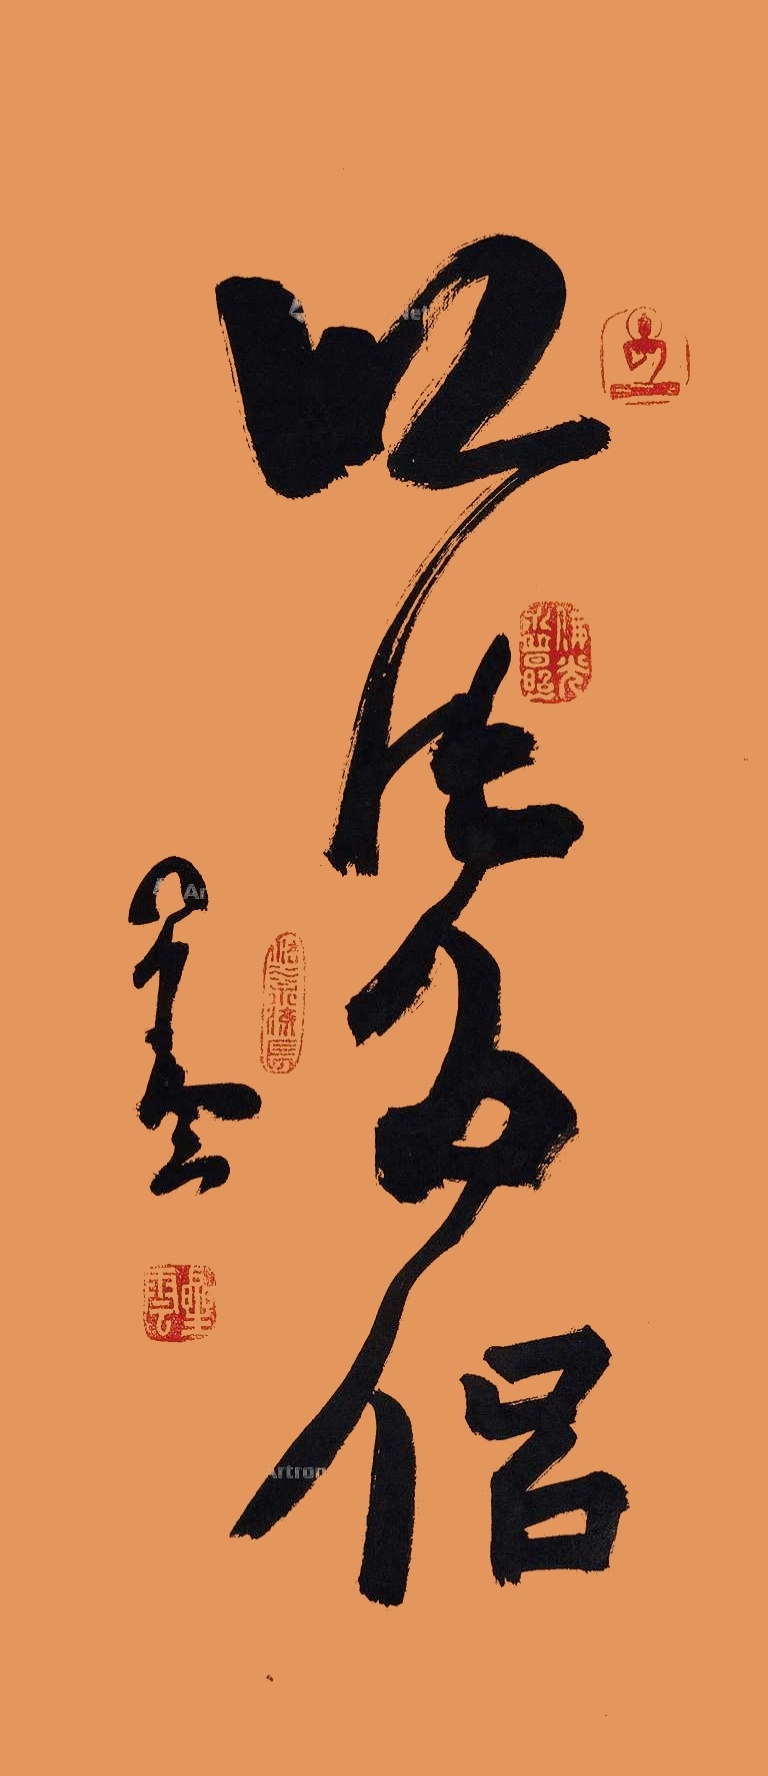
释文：以法为侣星云。